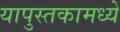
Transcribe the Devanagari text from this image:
यापुस्तकामध्ये